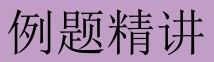
例题精讲